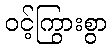
ဝင့်ကြွားစွာ